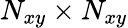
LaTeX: N_{xy}\times N_{xy}